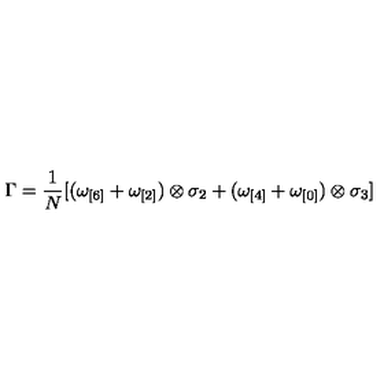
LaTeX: \Gamma = \frac { 1 } { N } [ ( \omega _ { [ 6 ] } + \omega _ { [ 2 ] } ) \otimes \sigma _ { 2 } + ( \omega _ { [ 4 ] } + \omega _ { [ 0 ] } ) \otimes \sigma _ { 3 } ]